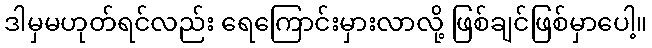
ဒါမှမဟုတ်ရင်လည်း ရေကြောင်းမှားလာလို့ ဖြစ်ချင်ဖြစ်မှာပေါ့။